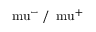
\mathrm { \ m u } ^ { - } \, / \, \mathrm { \ m u } ^ { + }